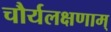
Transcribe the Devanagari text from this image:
चौर्यलक्षणाम्